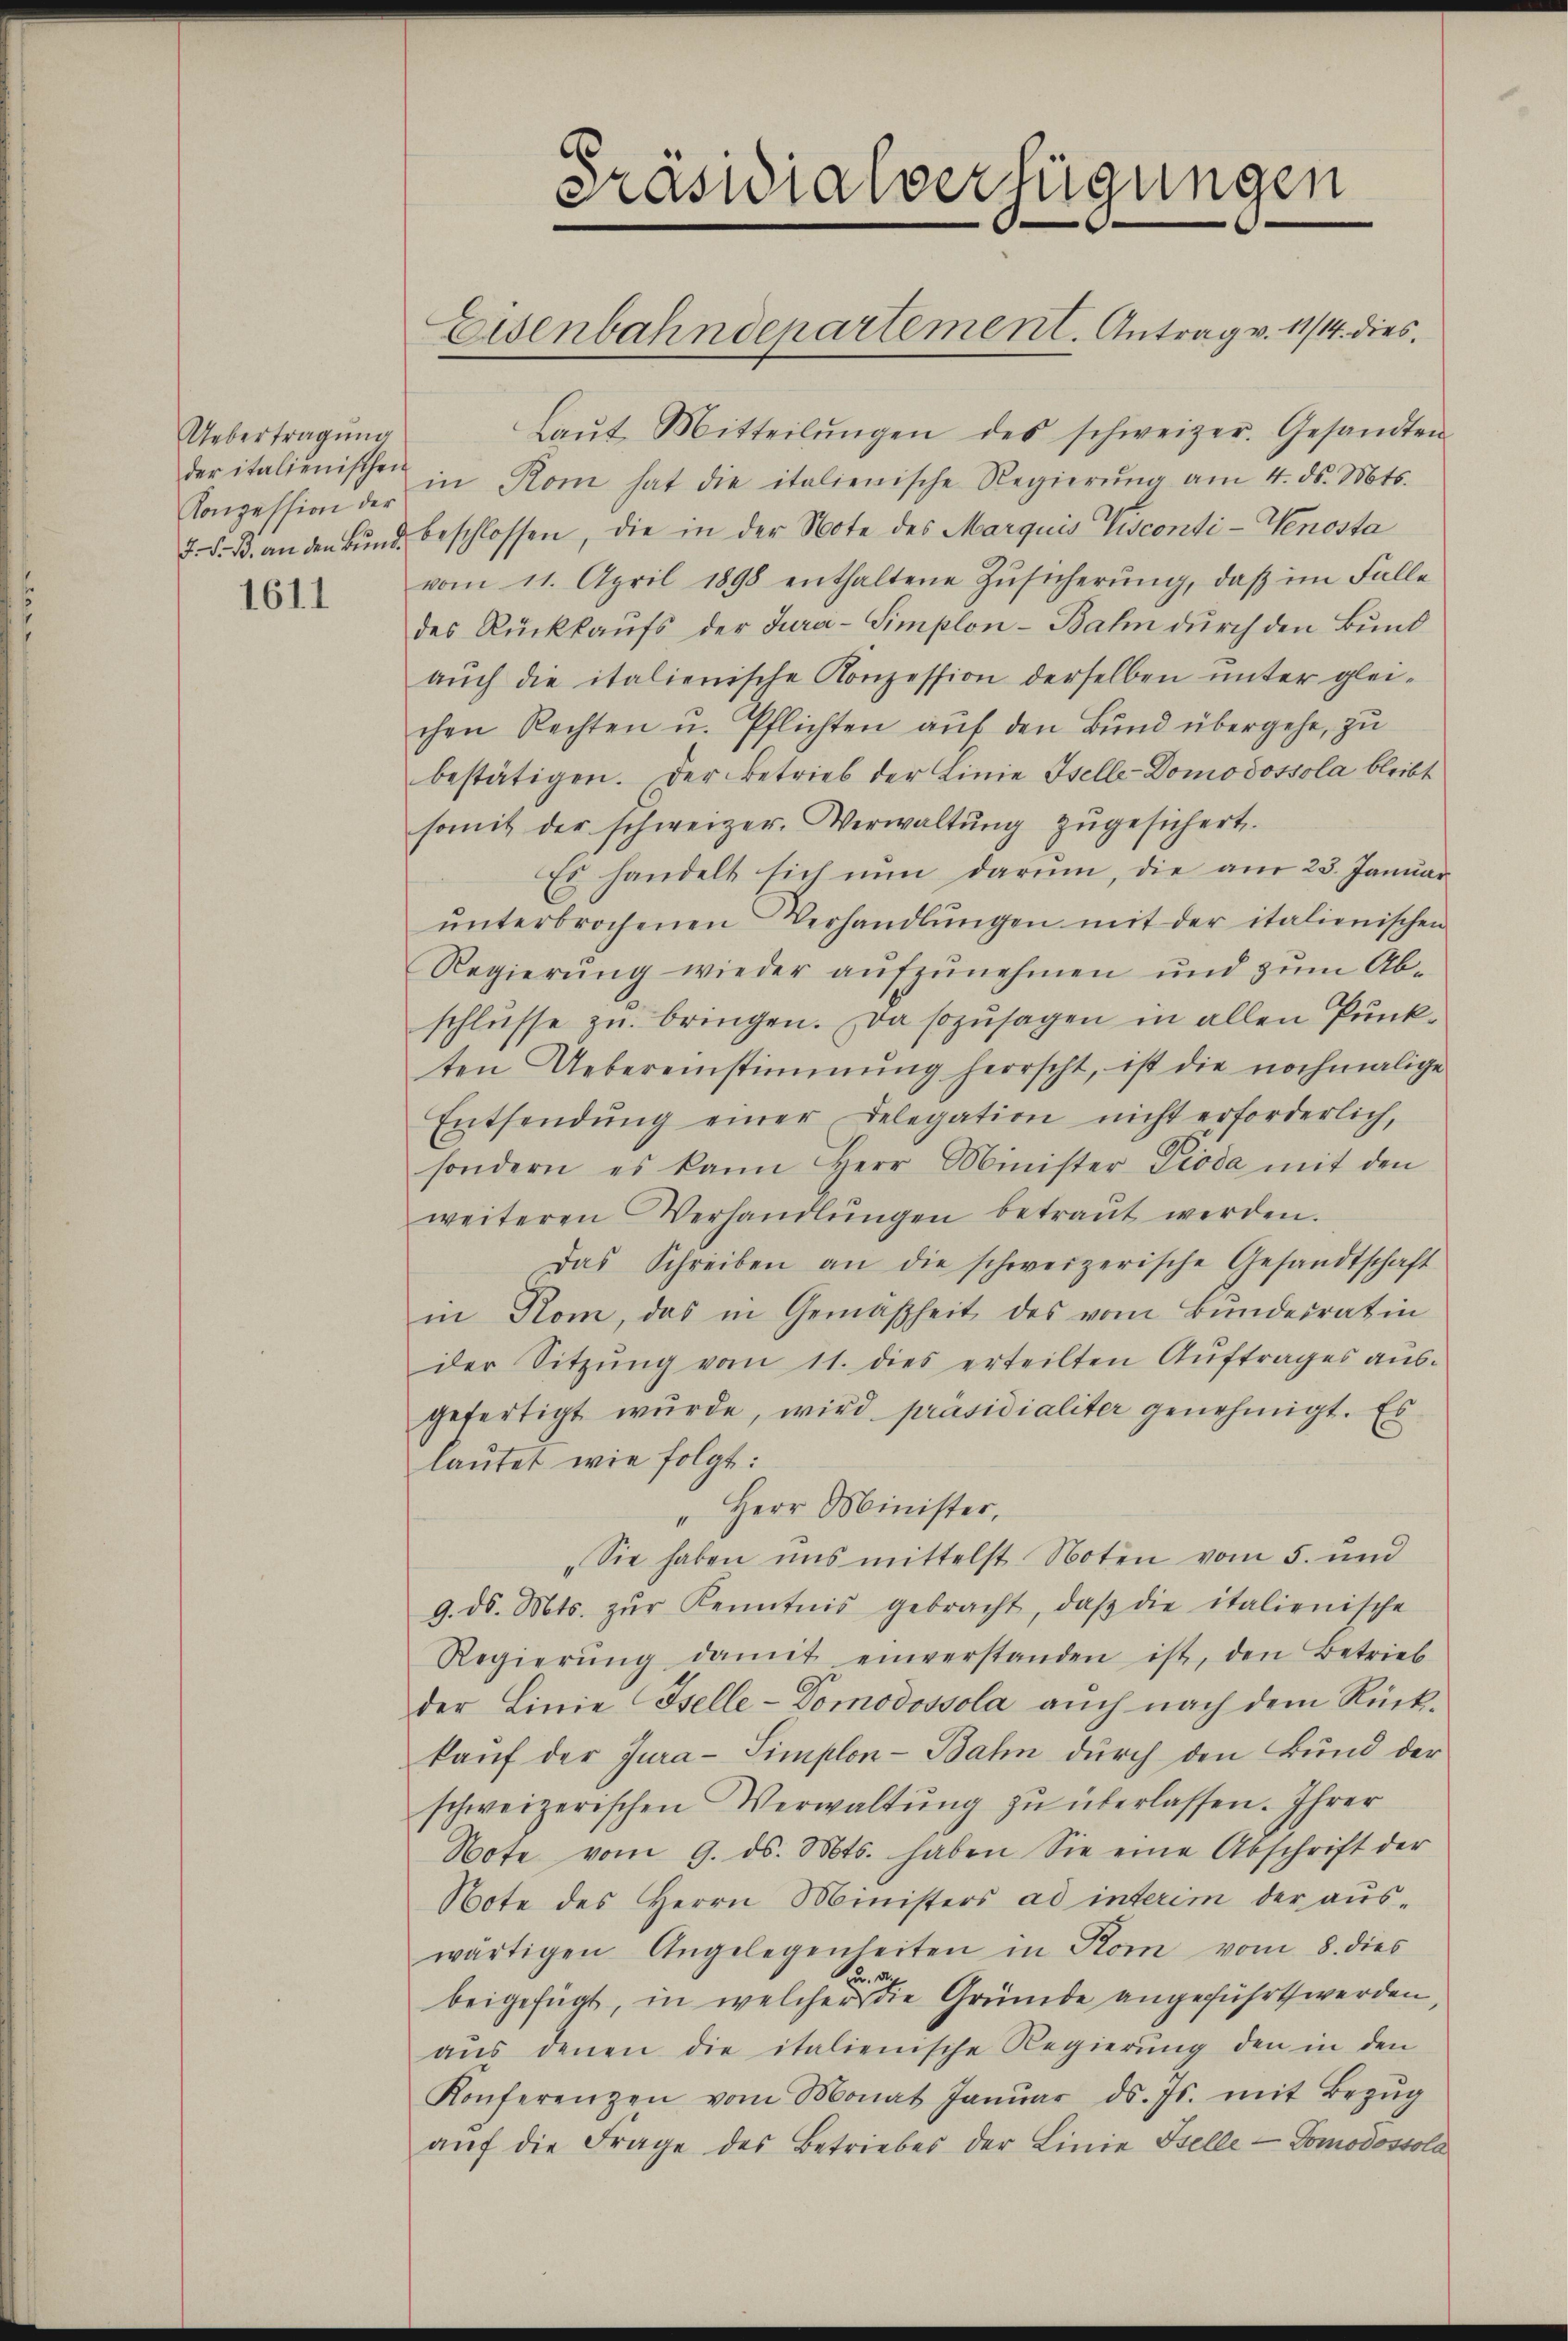
Uebertragung
Konzession der

1611

Laŭt Mitteilŭngen des schweizer. Gesandten
der italienischen in Rom hat die italienische Regierŭng am 4. ds. Mts.
7. d. B. an den Bŭnd beschlossen, die in der Note des Marquis Visconti-Genosta
vom 11. April 1898 enthaltene Zŭsicherŭng, daβ im Falle
des Rückkaŭfs der Jura-Simplon - Bahn durch den Bund
aŭch die italienische Konzession derselben ŭnter glei-
chen Rechten u. Pflichten auf den Bund übergehe, zu
bestätigen. Der Betrieb der Linie Iselle-Domodossola bleibt
somit der schweizer. Verwaltŭng zŭgesichert.
Es handelt sich nun darum, die am 23. Januar
ŭnterbrochenen Verhandlŭngen mit der italienischen
Regierŭng wieder aŭfzŭnehmen und zŭm Ab-
schlüsse zu bringen. Da sozusagen in allen Punkten Uebereinstimmung herrscht, ist die nochmalige
Entsendŭng einer Delegation nicht erforderlich,
sondern es kann Herr Minister Pioda mit den
weiteren Verhandlŭngen betraŭt werden.
Das Schreiben an die schweizerische Gesandtschaft
in Rom, das in Gemäßheit des vom Bŭndesrat in
der Sitzŭng vom 11. dies erteilten Aŭftrages aŭs-
gefertigt wurde, wird präsidialiter genehmigt. Es
laŭtet wie folgt:
"Herr Minister,
„Sie haben uns mittelst Noten vom 5. und
9. d. Mts. zŭr Kenntnis gebracht, daβ die italienische
Regierŭng damit einverstanden ist, den Betrieb
der Linie Iselle-Domodossola auch nach dem Rück-
kaŭf der Jura-Simplon-Bahn dŭrch den Bund der
schweizerischen Verwaltung zu überlassen. Ihrer
Note vom 9. ds. Mts. haben Sie eine Abschrift der
Note des Herrn Ministers ad interim der aŭs-
wärtigen Angelegenheiten in Rom vom 8. dies
u den
beigefügt, in welcher die Gründe angeführt werden,
aŭs denen die italienische Regierung den in den
Konferenzen vom Monat Janŭar ds. Js. mit Bezŭg
aŭf die Frage des Betriebes der Linie Stelle - Tomodossola

Präsidialverfügungen
Eisenbahndepartement. Antrag v. 11/14. dies